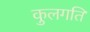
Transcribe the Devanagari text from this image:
कुलगति